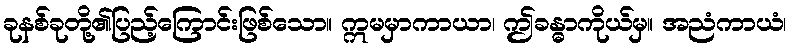
ခုနစ်ခုတို့၏ပြည့်ကြောင်းဖြစ်သော။ ဣမမှာကာယာ၊ ဤခန္ဓာကိုယ်မှ။ အညံကာယံ၊